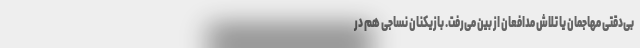
بی‌دقتی مهاجمان یا تلاش مدافعان از بین می‌رفت. بازیکنان نساجی هم در